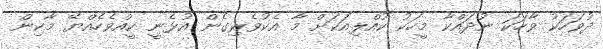
ދުވަހަކު ވާހަކަ ނުދައްކާ މީހަކު ކުއްލިއަކަށް މާ އެކުވެރިގެން އުޅެނީ ކީއްވެހެއްޔޭ މާކިން